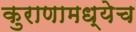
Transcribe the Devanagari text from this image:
कुराणामध्येच